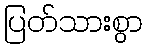
ပြတ်သားစွာ